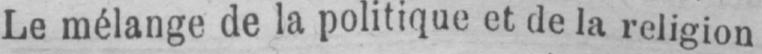
Le mélange de la politique et de la religion